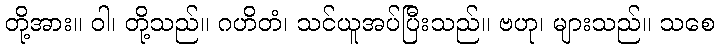
တို့အား။ ဝါ၊ တို့သည်။ ဂဟိတံ၊ သင်ယူအပ်ပြီးသည်။ ဗဟု၊ များသည်။ သစေ